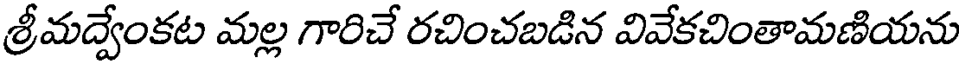
శ్రీమద్వేంకట మల్ల గారిచే రచించబడిన వివేకచింతామణియను